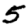
Digit: 5